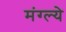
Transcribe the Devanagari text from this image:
मंग्ल्ये